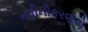
નવીનીકરણનો